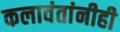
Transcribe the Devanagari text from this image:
कलावंतांनीही